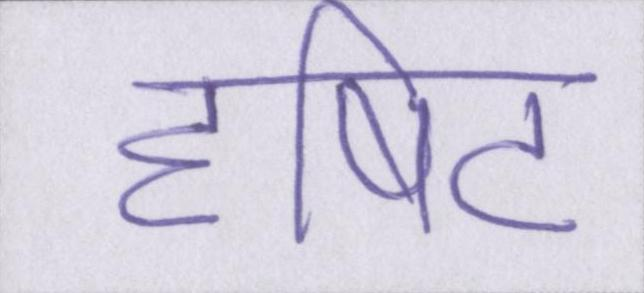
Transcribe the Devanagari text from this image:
दृषिट